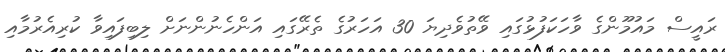
ރައީސް މައުމޫންގެ ވާހަކަފުޅުގައި ވޭތުވެދިޔަ 30 އަހަރުގެ ތެރޭގައި އަންހެނުންނަށް ލިބިފައިވާ ކުރިއެރުމާއި